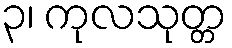
၃၊ ကုလသုတ္တ